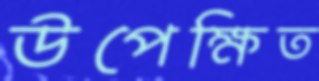
উপেক্ষিত